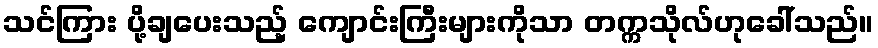
သင်ကြား ပို့ချပေးသည့် ကျောင်းကြီးများကိုသာ တက္ကသိုလ်ဟုခေါ်သည်။